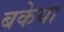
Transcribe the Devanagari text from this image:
बकेया